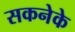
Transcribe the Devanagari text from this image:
सकनेके